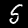
Label: 5